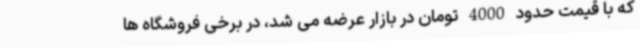
که با قیمت حدود 4000 تومان در بازار عرضه می شد، در برخی فروشگاه ها